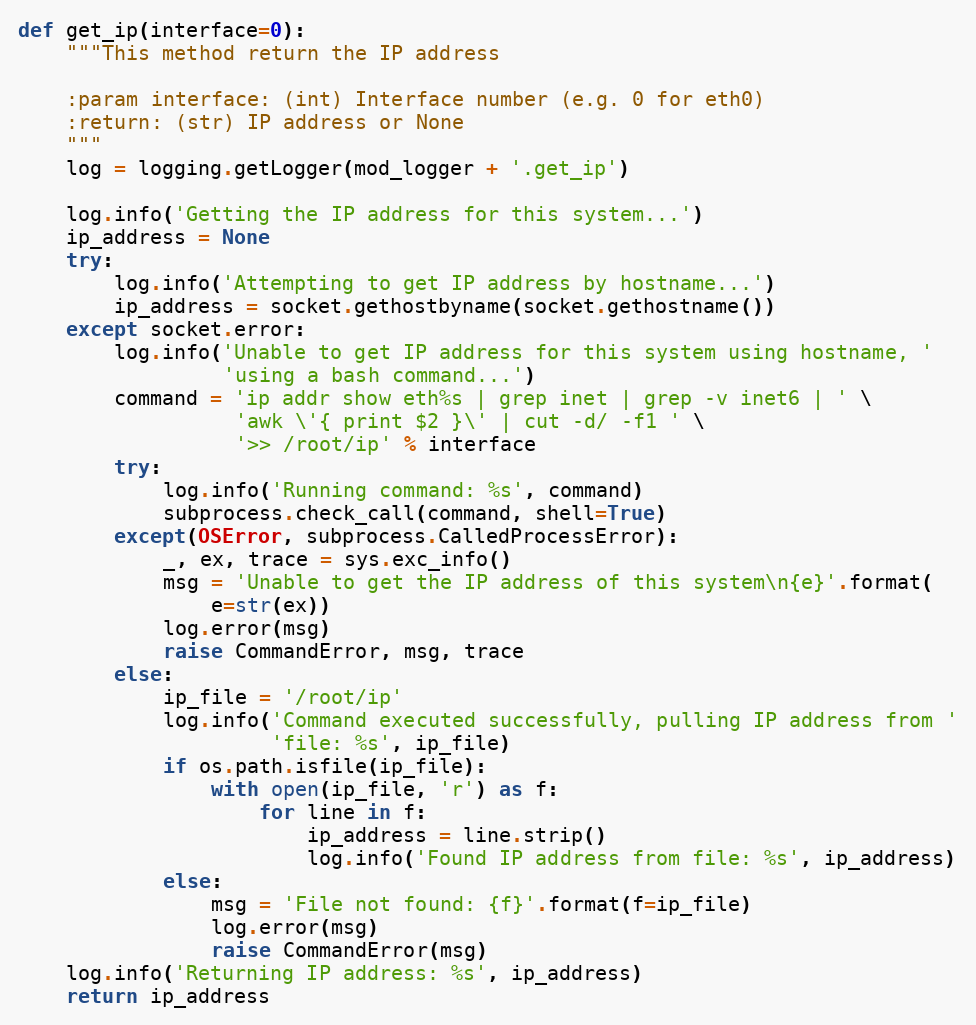
Language: Python
def get_ip(interface=0):
    """This method return the IP address

    :param interface: (int) Interface number (e.g. 0 for eth0)
    :return: (str) IP address or None
    """
    log = logging.getLogger(mod_logger + '.get_ip')

    log.info('Getting the IP address for this system...')
    ip_address = None
    try:
        log.info('Attempting to get IP address by hostname...')
        ip_address = socket.gethostbyname(socket.gethostname())
    except socket.error:
        log.info('Unable to get IP address for this system using hostname, '
                 'using a bash command...')
        command = 'ip addr show eth%s | grep inet | grep -v inet6 | ' \
                  'awk \'{ print $2 }\' | cut -d/ -f1 ' \
                  '>> /root/ip' % interface
        try:
            log.info('Running command: %s', command)
            subprocess.check_call(command, shell=True)
        except(OSError, subprocess.CalledProcessError):
            _, ex, trace = sys.exc_info()
            msg = 'Unable to get the IP address of this system\n{e}'.format(
                e=str(ex))
            log.error(msg)
            raise CommandError, msg, trace
        else:
            ip_file = '/root/ip'
            log.info('Command executed successfully, pulling IP address from '
                     'file: %s', ip_file)
            if os.path.isfile(ip_file):
                with open(ip_file, 'r') as f:
                    for line in f:
                        ip_address = line.strip()
                        log.info('Found IP address from file: %s', ip_address)
            else:
                msg = 'File not found: {f}'.format(f=ip_file)
                log.error(msg)
                raise CommandError(msg)
    log.info('Returning IP address: %s', ip_address)
    return ip_address